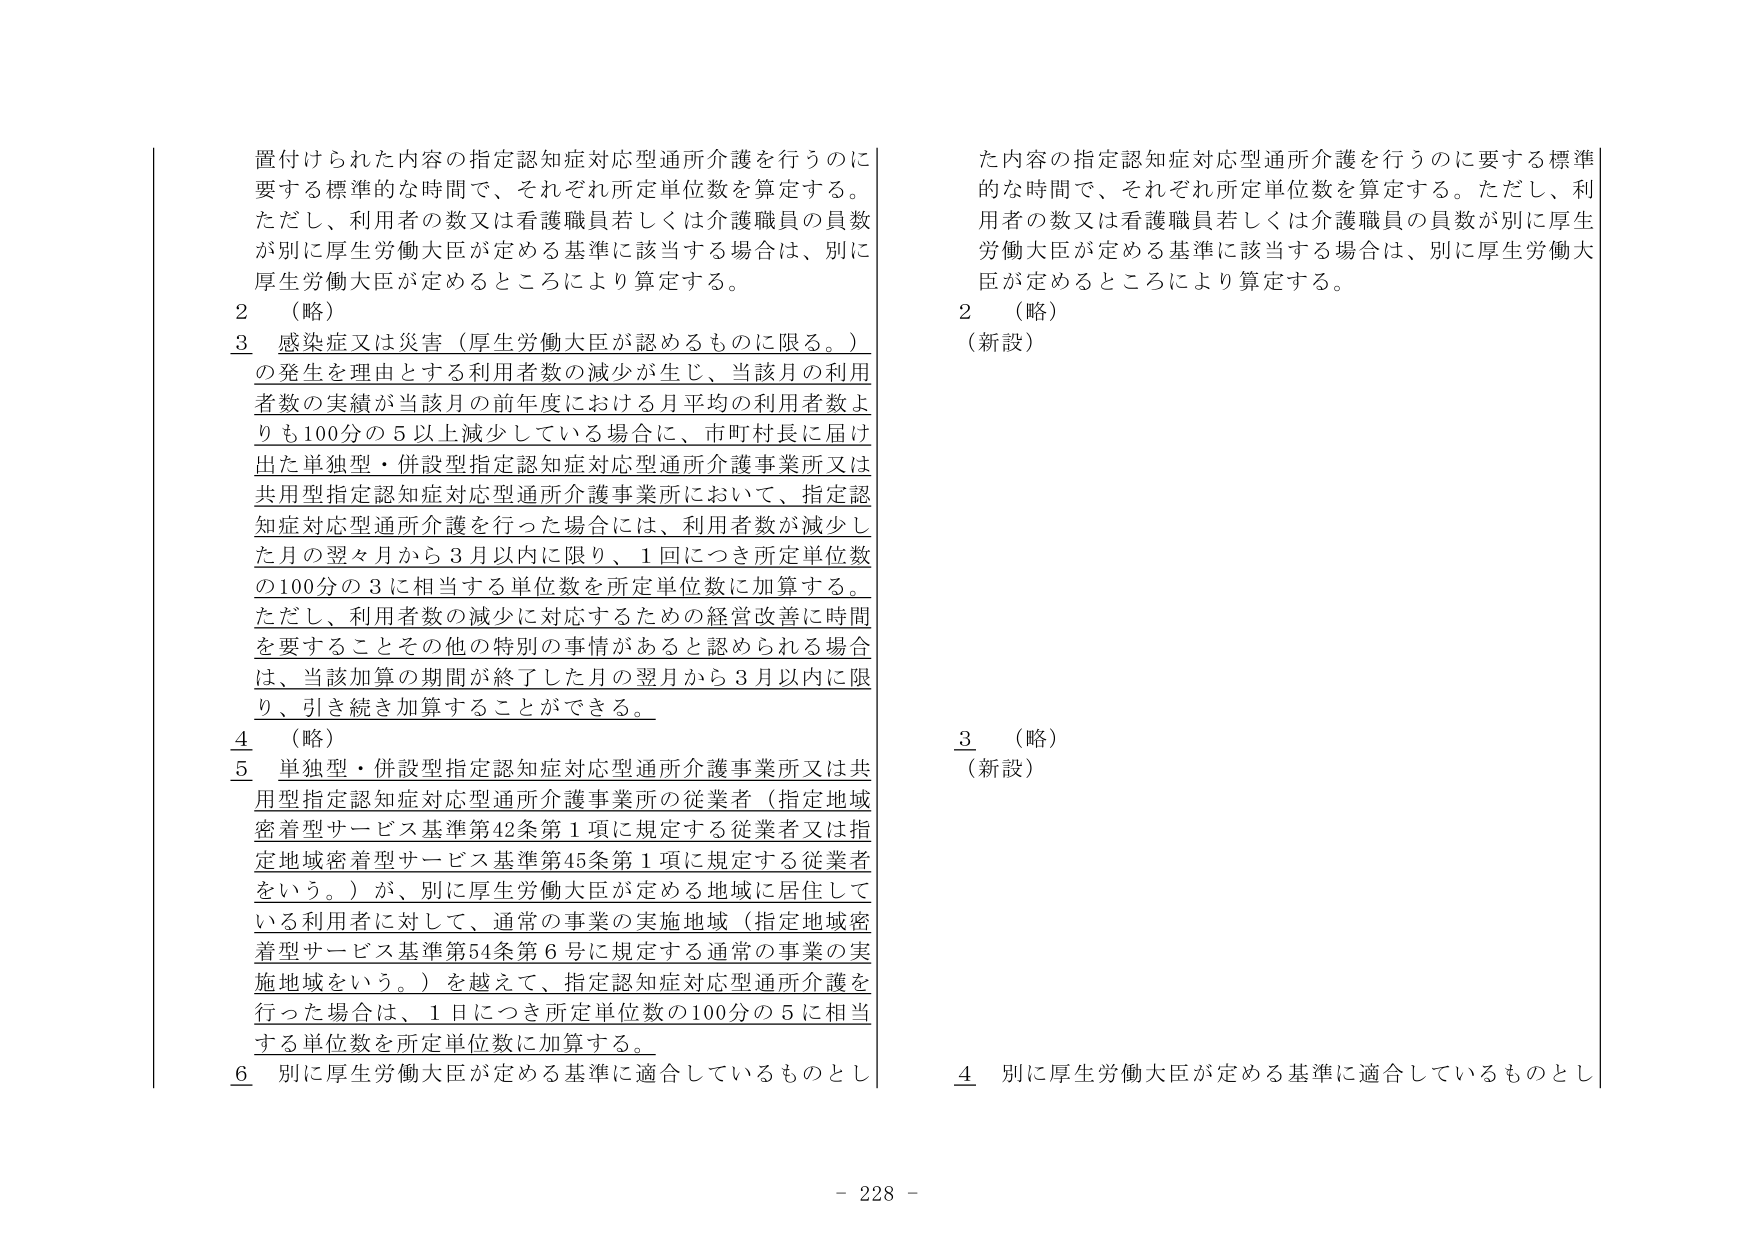
置付けられた内容の指定認知症対応型通所介護を行うのに要する標準的な時間で、それぞれ所定単位数を算定する。ただし、利用者の数又は看護職員若しくは介護職員の員数が別に厚生労働大臣が定める基準に該当する場合は、別に厚生労働大臣が定めるところにより算定する。

2 （略）

3 感染症又は災害（厚生労働大臣が認めるものに限る。）の発生を理由とする利用者数の減少が生じ、当該月の利用者数の実績が当該月の前年度における月平均の利用者数よりも100分の5以上減少している場合に、市町村長に届け出た単独型・併設型指定認知症対応型通所介護事業所又は共用型指定認知症対応型通所介護事業所において、指定認知症対応型通所介護を行った場合には、利用者数が減少した月の翌々月から3月以内に限り、1回につき所定単位数の100分の3に相当する単位数を所定単位数に加算する。ただし、利用者数の減少に対応するための経営改善に時間を要することその他の特別の事情があると認められる場合は、当該加算の期間が終了した月の翌月から3月以内に限り、引き続き加算することができる。

4 （略）

5 単独型・併設型指定認知症対応型通所介護事業所又は共用型指定認知症対応型通所介護事業所の従業者（指定地域密着型サービス基準第42条第1項に規定する従業者又は指定地域密着型サービス基準第45条第1項に規定する従業者をいう。）が、別に厚生労働大臣が定める地域に居住している利用者に対して、通常の事業の実施地域（指定地域密着型サービス基準第54条第6号に規定する通常の事業の実施地域をいう。）を越えて、指定認知症対応型通所介護を行った場合は、1日につき所定単位数の100分の5に相当する単位数を所定単位数に加算する。

6 別に厚生労働大臣が定める基準に適合しているものとし

た内容の指定認知症対応型通所介護を行うのに要する標準的な時間で、それぞれ所定単位数を算定する。ただし、利用者の数又は看護職員若しくは介護職員の員数が別に厚生労働大臣が定める基準に該当する場合は、別に厚生労働大臣が定めるところにより算定する。

2 （略）
（新設）

3 （略）
（新設）

4 別に厚生労働大臣が定める基準に適合しているものとし

- 228 -